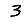
Digit: 3